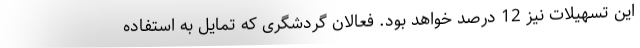
این تسهیلات نیز 12 درصد خواهد بود. فعالان گردشگری که تمایل به استفاده